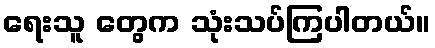
ရေးသူ တွေက သုံးသပ်ကြပါတယ်။